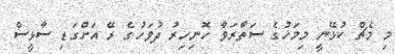
މި މެޗް ކުޅޭނީ މިމަހުގެ ސަތާރަވާ ހޮނިހިރު ދުވަހުގެ ރޭ އަށްގަޑި ސާޅީސް